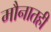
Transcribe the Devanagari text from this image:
मौनातही